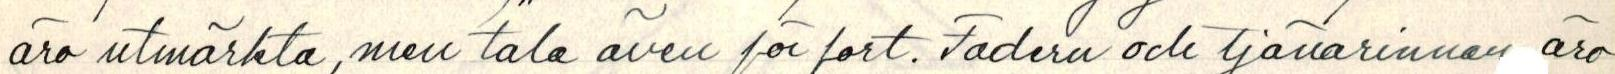
äro utmärkta, men tala även för fort. Fadern och tjänarinnan äro